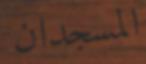
المسجدان